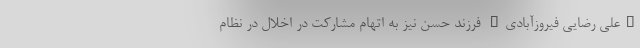
"علی رضایی فیروزآبادی" فرزند حسن نیز به اتهام مشارکت در اخلال در نظام